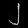
Digit: ၂